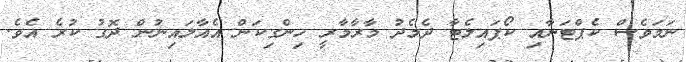
ނަމަވެސް ކެޕްޓަނާއި ކޯޕައިލެޓާ ދެމެދު މާރާމާރީ ހިންގިކަން އެއާލައިނުން ދޮގު ކުރެ އެވެ.